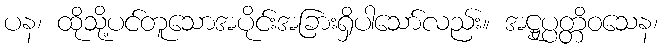
ပန၊ ထိုသို့ပင်တူသောအပိုင်းအခြားရှိပါသော်လည်း။ အဋ္ဌုပ္ပတ္တိဝသေန၊